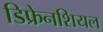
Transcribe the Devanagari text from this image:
डिफ्रेनशियल